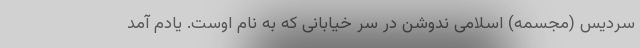
سردیس (مجسمه) اسلامی ندوشن در سر خیابانی که به نام اوست. یادم آمد